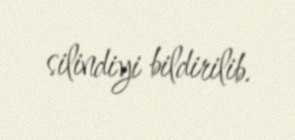
silindiyi bildirilib.